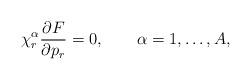
LaTeX: \begin{align*}\chi^\alpha_r \frac{\partial F}{\partial p_r} = 0 , \qquad\alpha = 1,\ldots,A , \end{align*}